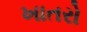
ખાતરો